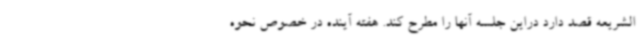
الشریعه قصد دارد دراین جلسه آنها را مطرح کند. هفته آینده در خصوص نحوه